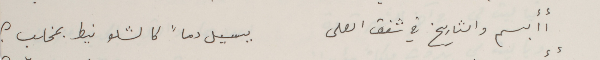
أأبسم والتاريخ في شفق العلى           يسيل دماً كالشلو نيط بمخلب ؟